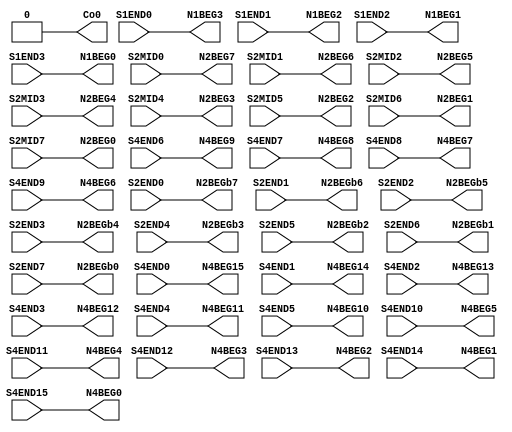
//NumberOfConfigBits:0
module S_term_single_switch_matrix (S1END0, S1END1, S1END2, S1END3, S2MID0, S2MID1, S2MID2, S2MID3, S2MID4, S2MID5, S2MID6, S2MID7, S2END0, S2END1, S2END2, S2END3, S2END4, S2END5, S2END6, S2END7, S4END0, S4END1, S4END2, S4END3, S4END4, S4END5, S4END6, S4END7, S4END8, S4END9, S4END10, S4END11, S4END12, S4END13, S4END14, S4END15, N1BEG0, N1BEG1, N1BEG2, N1BEG3, N2BEG0, N2BEG1, N2BEG2, N2BEG3, N2BEG4, N2BEG5, N2BEG6, N2BEG7, N2BEGb0, N2BEGb1, N2BEGb2, N2BEGb3, N2BEGb4, N2BEGb5, N2BEGb6, N2BEGb7, N4BEG0, N4BEG1, N4BEG2, N4BEG3, N4BEG4, N4BEG5, N4BEG6, N4BEG7, N4BEG8, N4BEG9, N4BEG10, N4BEG11, N4BEG12, N4BEG13, N4BEG14, N4BEG15, Co0);
	parameter NoConfigBits = 0;
	 // switch matrix inputs
	input S1END0;
	input S1END1;
	input S1END2;
	input S1END3;
	input S2MID0;
	input S2MID1;
	input S2MID2;
	input S2MID3;
	input S2MID4;
	input S2MID5;
	input S2MID6;
	input S2MID7;
	input S2END0;
	input S2END1;
	input S2END2;
	input S2END3;
	input S2END4;
	input S2END5;
	input S2END6;
	input S2END7;
	input S4END0;
	input S4END1;
	input S4END2;
	input S4END3;
	input S4END4;
	input S4END5;
	input S4END6;
	input S4END7;
	input S4END8;
	input S4END9;
	input S4END10;
	input S4END11;
	input S4END12;
	input S4END13;
	input S4END14;
	input S4END15;
	output N1BEG0;
	output N1BEG1;
	output N1BEG2;
	output N1BEG3;
	output N2BEG0;
	output N2BEG1;
	output N2BEG2;
	output N2BEG3;
	output N2BEG4;
	output N2BEG5;
	output N2BEG6;
	output N2BEG7;
	output N2BEGb0;
	output N2BEGb1;
	output N2BEGb2;
	output N2BEGb3;
	output N2BEGb4;
	output N2BEGb5;
	output N2BEGb6;
	output N2BEGb7;
	output N4BEG0;
	output N4BEG1;
	output N4BEG2;
	output N4BEG3;
	output N4BEG4;
	output N4BEG5;
	output N4BEG6;
	output N4BEG7;
	output N4BEG8;
	output N4BEG9;
	output N4BEG10;
	output N4BEG11;
	output N4BEG12;
	output N4BEG13;
	output N4BEG14;
	output N4BEG15;
	output Co0;
	//global


	parameter GND0 = 1'b0;
	parameter GND = 1'b0;
	parameter VCC0 = 1'b1;
	parameter VCC = 1'b1;
	parameter VDD0 = 1'b1;
	parameter VDD = 1'b1;
	
	wire [1 -1:0]N1BEG0_input;
	wire [1 -1:0]N1BEG1_input;
	wire [1 -1:0]N1BEG2_input;
	wire [1 -1:0]N1BEG3_input;
	wire [1 -1:0]N2BEG0_input;
	wire [1 -1:0]N2BEG1_input;
	wire [1 -1:0]N2BEG2_input;
	wire [1 -1:0]N2BEG3_input;
	wire [1 -1:0]N2BEG4_input;
	wire [1 -1:0]N2BEG5_input;
	wire [1 -1:0]N2BEG6_input;
	wire [1 -1:0]N2BEG7_input;
	wire [1 -1:0]N2BEGb0_input;
	wire [1 -1:0]N2BEGb1_input;
	wire [1 -1:0]N2BEGb2_input;
	wire [1 -1:0]N2BEGb3_input;
	wire [1 -1:0]N2BEGb4_input;
	wire [1 -1:0]N2BEGb5_input;
	wire [1 -1:0]N2BEGb6_input;
	wire [1 -1:0]N2BEGb7_input;
	wire [1 -1:0]N4BEG0_input;
	wire [1 -1:0]N4BEG1_input;
	wire [1 -1:0]N4BEG2_input;
	wire [1 -1:0]N4BEG3_input;
	wire [1 -1:0]N4BEG4_input;
	wire [1 -1:0]N4BEG5_input;
	wire [1 -1:0]N4BEG6_input;
	wire [1 -1:0]N4BEG7_input;
	wire [1 -1:0]N4BEG8_input;
	wire [1 -1:0]N4BEG9_input;
	wire [1 -1:0]N4BEG10_input;
	wire [1 -1:0]N4BEG11_input;
	wire [1 -1:0]N4BEG12_input;
	wire [1 -1:0]N4BEG13_input;
	wire [1 -1:0]N4BEG14_input;
	wire [1 -1:0]N4BEG15_input;
	wire [1 -1:0]Co0_input;


// The configuration bits (if any) are just a long shift register

// This shift register is padded to an even number of flops/latches
// switch matrix multiplexer  N1BEG0 		MUX-1
	assign N1BEG0 = S1END3;
// switch matrix multiplexer  N1BEG1 		MUX-1
	assign N1BEG1 = S1END2;
// switch matrix multiplexer  N1BEG2 		MUX-1
	assign N1BEG2 = S1END1;
// switch matrix multiplexer  N1BEG3 		MUX-1
	assign N1BEG3 = S1END0;
// switch matrix multiplexer  N2BEG0 		MUX-1
	assign N2BEG0 = S2MID7;
// switch matrix multiplexer  N2BEG1 		MUX-1
	assign N2BEG1 = S2MID6;
// switch matrix multiplexer  N2BEG2 		MUX-1
	assign N2BEG2 = S2MID5;
// switch matrix multiplexer  N2BEG3 		MUX-1
	assign N2BEG3 = S2MID4;
// switch matrix multiplexer  N2BEG4 		MUX-1
	assign N2BEG4 = S2MID3;
// switch matrix multiplexer  N2BEG5 		MUX-1
	assign N2BEG5 = S2MID2;
// switch matrix multiplexer  N2BEG6 		MUX-1
	assign N2BEG6 = S2MID1;
// switch matrix multiplexer  N2BEG7 		MUX-1
	assign N2BEG7 = S2MID0;
// switch matrix multiplexer  N2BEGb0 		MUX-1
	assign N2BEGb0 = S2END7;
// switch matrix multiplexer  N2BEGb1 		MUX-1
	assign N2BEGb1 = S2END6;
// switch matrix multiplexer  N2BEGb2 		MUX-1
	assign N2BEGb2 = S2END5;
// switch matrix multiplexer  N2BEGb3 		MUX-1
	assign N2BEGb3 = S2END4;
// switch matrix multiplexer  N2BEGb4 		MUX-1
	assign N2BEGb4 = S2END3;
// switch matrix multiplexer  N2BEGb5 		MUX-1
	assign N2BEGb5 = S2END2;
// switch matrix multiplexer  N2BEGb6 		MUX-1
	assign N2BEGb6 = S2END1;
// switch matrix multiplexer  N2BEGb7 		MUX-1
	assign N2BEGb7 = S2END0;
// switch matrix multiplexer  N4BEG0 		MUX-1
	assign N4BEG0 = S4END15;
// switch matrix multiplexer  N4BEG1 		MUX-1
	assign N4BEG1 = S4END14;
// switch matrix multiplexer  N4BEG2 		MUX-1
	assign N4BEG2 = S4END13;
// switch matrix multiplexer  N4BEG3 		MUX-1
	assign N4BEG3 = S4END12;
// switch matrix multiplexer  N4BEG4 		MUX-1
	assign N4BEG4 = S4END11;
// switch matrix multiplexer  N4BEG5 		MUX-1
	assign N4BEG5 = S4END10;
// switch matrix multiplexer  N4BEG6 		MUX-1
	assign N4BEG6 = S4END9;
// switch matrix multiplexer  N4BEG7 		MUX-1
	assign N4BEG7 = S4END8;
// switch matrix multiplexer  N4BEG8 		MUX-1
	assign N4BEG8 = S4END7;
// switch matrix multiplexer  N4BEG9 		MUX-1
	assign N4BEG9 = S4END6;
// switch matrix multiplexer  N4BEG10 		MUX-1
	assign N4BEG10 = S4END5;
// switch matrix multiplexer  N4BEG11 		MUX-1
	assign N4BEG11 = S4END4;
// switch matrix multiplexer  N4BEG12 		MUX-1
	assign N4BEG12 = S4END3;
// switch matrix multiplexer  N4BEG13 		MUX-1
	assign N4BEG13 = S4END2;
// switch matrix multiplexer  N4BEG14 		MUX-1
	assign N4BEG14 = S4END1;
// switch matrix multiplexer  N4BEG15 		MUX-1
	assign N4BEG15 = S4END0;
// switch matrix multiplexer  Co0 		MUX-1
	assign Co0 = GND0;

endmodule